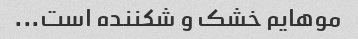
موهایم خشک و شکننده است...